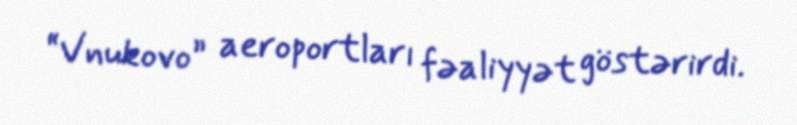
“Vnukovo” aeroportları fəaliyyət göstərirdi.